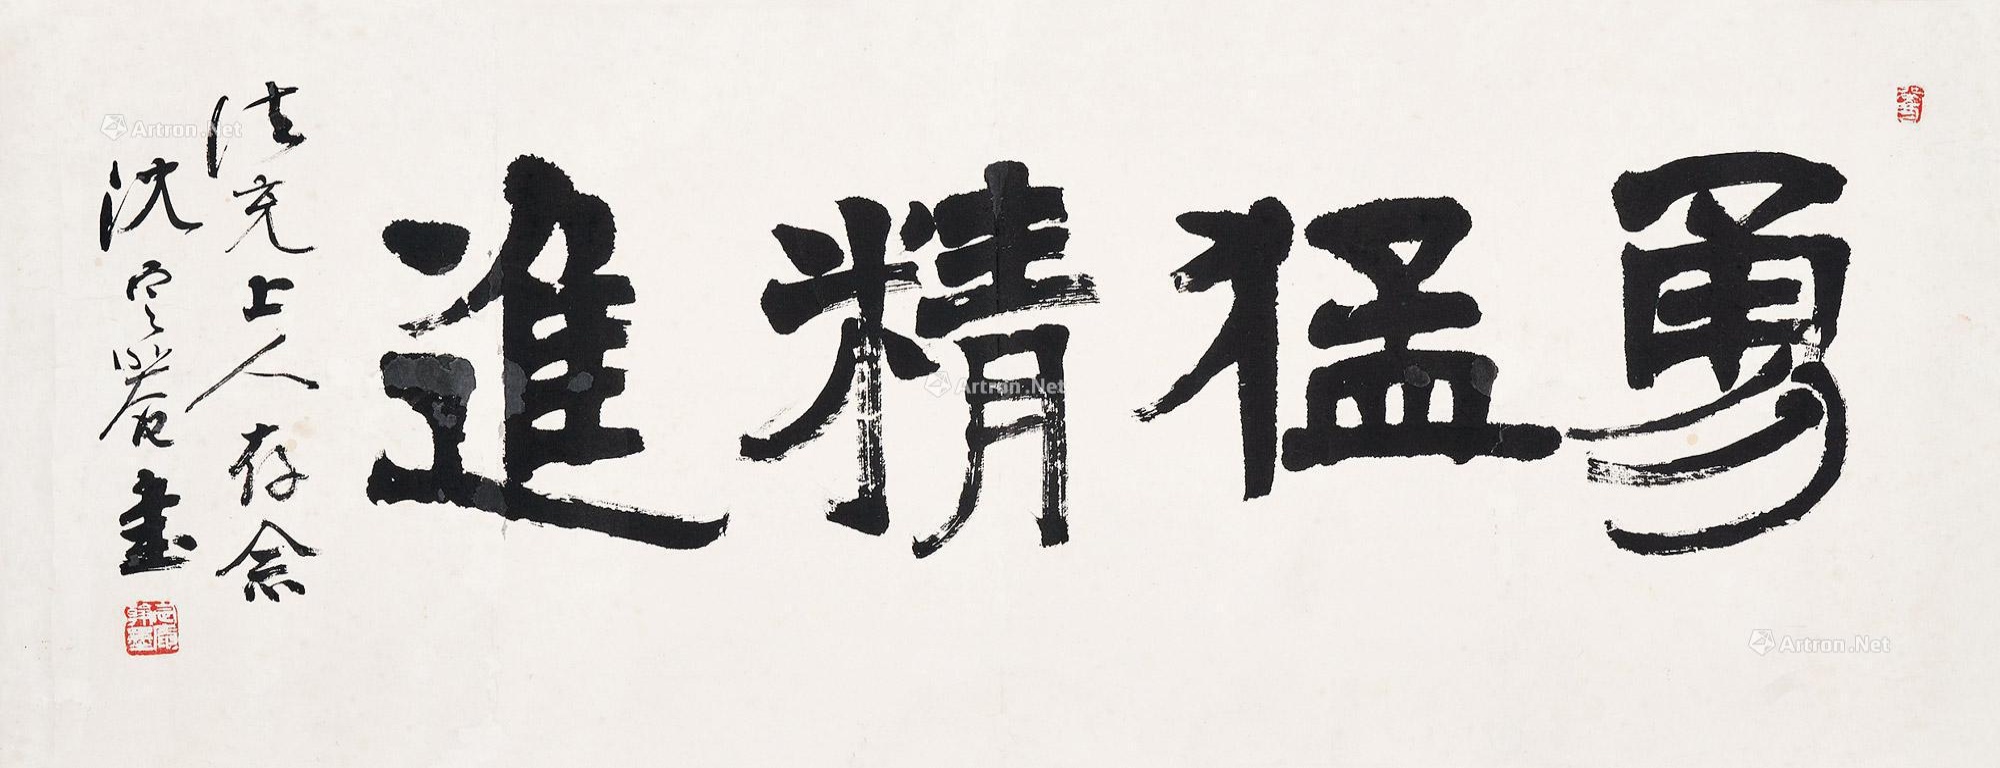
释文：勇猛精进。法充上人存念，沈定庵书。